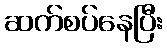
ဆက်စပ်နေပြီး